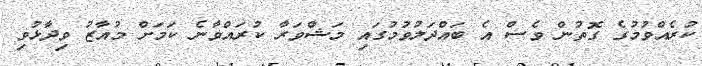
ކުރެއްވުމުގެ ގޮތުން ވެސް އެ ބައްދަލުވުމުގައި މަޝްވަރާ ކުރައްވާނެ ކަމަށް މުއާޒު ވިދާޅުވި